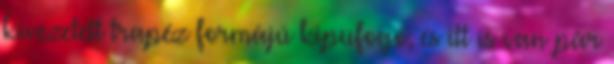
kivezetett trapéz formájú kipufogó, és itt is van pár